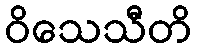
ဝိသေသီတိ